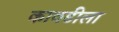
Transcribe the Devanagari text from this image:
कावडीला